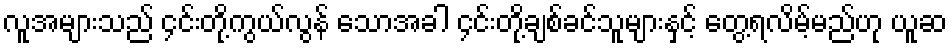
လူအများသည် ၄င်းတို့ကွယ်လွန် သောအခါ ၄င်းတို့ချစ်ခင်သူများနှင့် တွေ့ရလိမ့်မည်ဟု ယူဆ